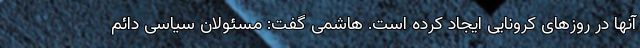
آنها در روزهای کرونایی ایجاد کرده است. هاشمی گفت: مسئولان سیاسی دائم